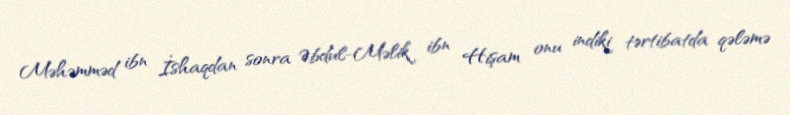
Məhəmməd ibn İshaqdan sonra Əbdul-Məlik ibn Hişam onu indiki tərtibatda qələmə